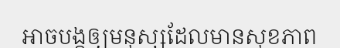
អាចបង្កឲ្យមនុស្សដែលមានសុខភាព